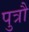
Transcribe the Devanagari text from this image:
पुत्रौ